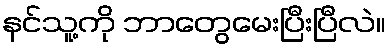
နင်သူ့ကို ဘာတွေမေးပြီးပြီလဲ။